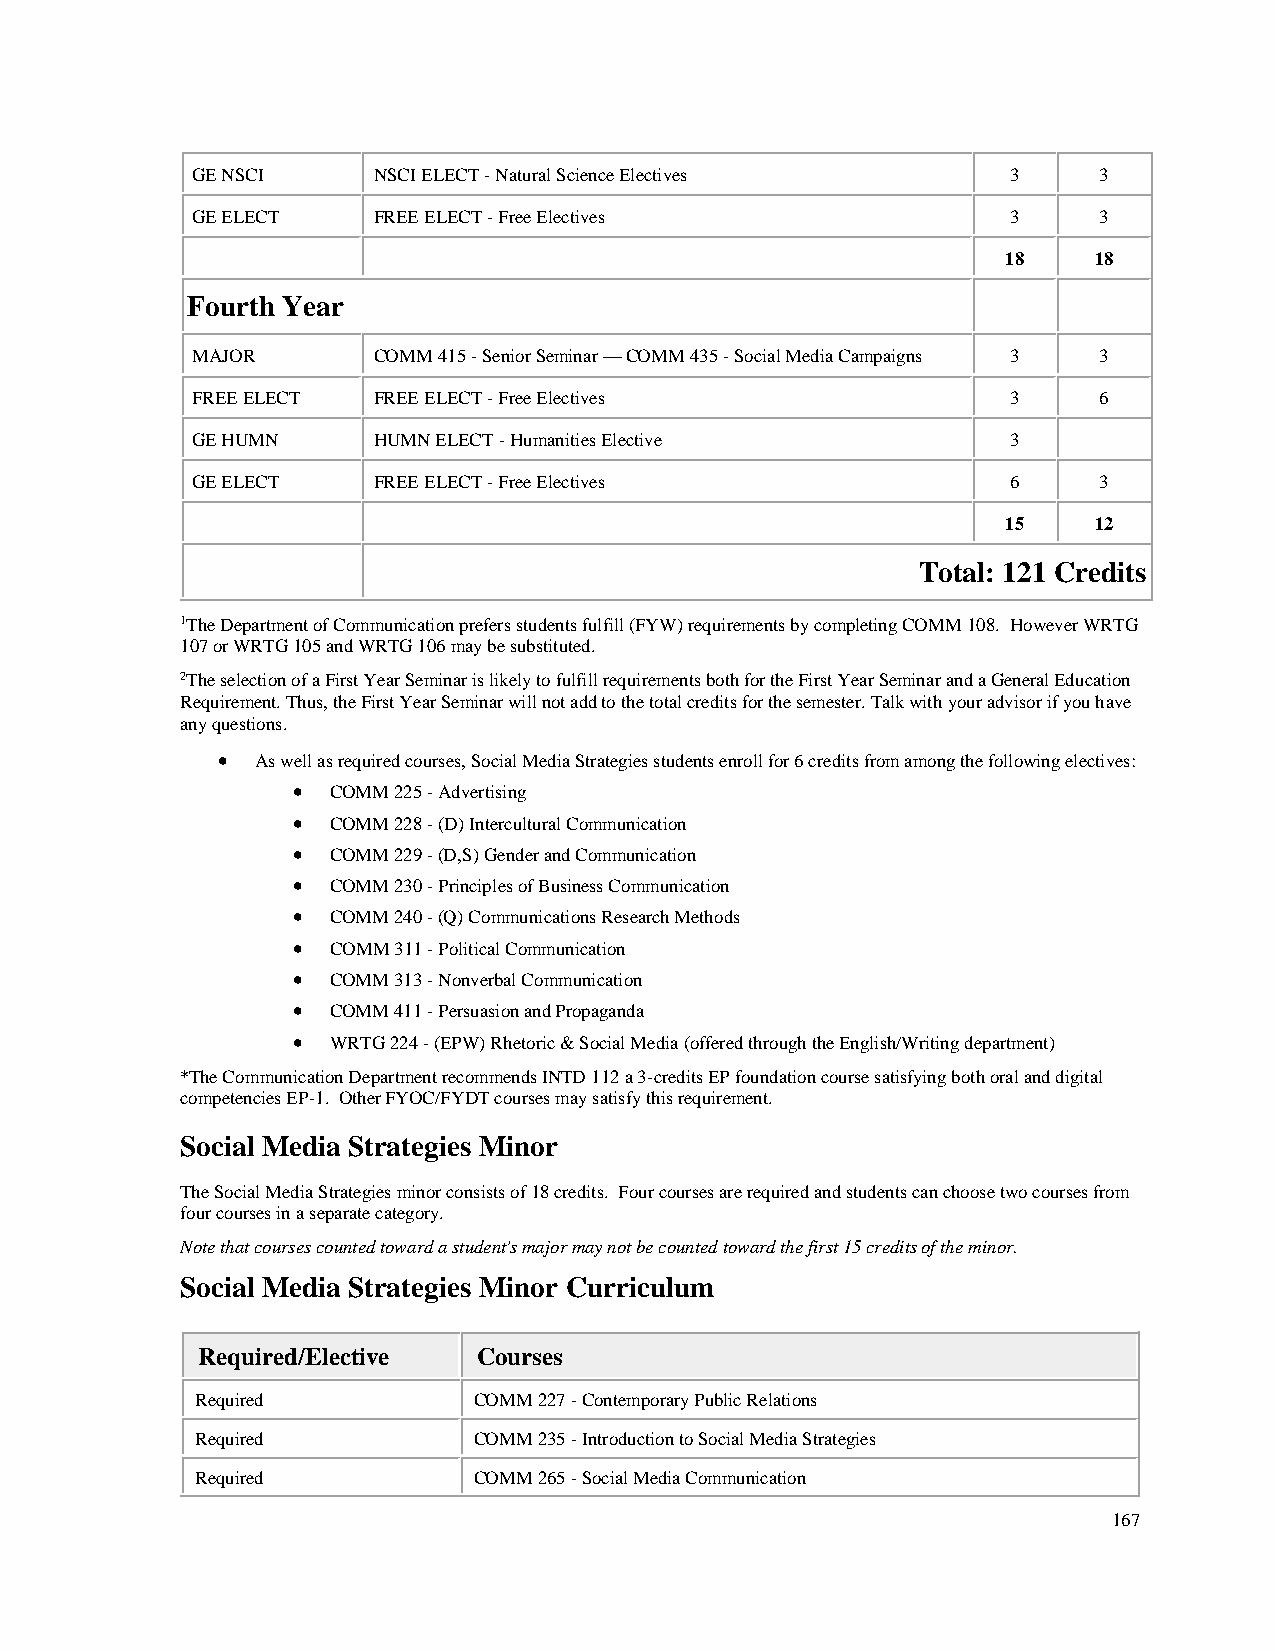
GE NSCI     NSCI ELECT - Natural Science Electives    3     3
 GE ELECT    FREE ELECT - Free Electives               3     3
 18   18
 Fourth Year
 MAJOR       COMM 415 - Senior Seminar — COMM 435 - Social Media Campaigns 3 3
 FREE ELECT  FREE ELECT - Free Electives               3     6
 GE HUMN     HUMN ELECT - Humanities Elective          3
 GE ELECT    FREE ELECT - Free Electives               6     3
 15   12
 Total: 121 Credits
 1The Department of Communication prefers students fulfill (FYW) requirements by completing COMM 108. However WRTG
 107 or WRTG 105 and WRTG 106 may be substituted.
 2The selection of a First Year Seminar is likely to fulfill requirements both for the First Year Seminar and a General Education
 Requirement. Thus, the First Year Seminar will not add to the total credits for the semester. Talk with your advisor if you have
 any questions.
 •  As well as required courses, Social Media Strategies students enroll for 6 credits from among the following electives:
 •  COMM 225 - Advertising
 •  COMM 228 - (D) Intercultural Communication
 •  COMM 229 - (D,S) Gender and Communication
 •  COMM 230 - Principles of Business Communication
 •  COMM 240 - (Q) Communications Research Methods
 •  COMM 311 - Political Communication
 •  COMM 313 - Nonverbal Communication
 •  COMM 411 - Persuasion and Propaganda
 •  WRTG 224 - (EPW) Rhetoric & Social Media (offered through the English/Writing department)
 *The Communication Department recommends INTD 112 a 3-credits EP foundation course satisfying both oral and digital
 competencies EP-1. Other FYOC/FYDT courses may satisfy this requirement.
 Social Media Strategies Minor
 The Social Media Strategies minor consists of 18 credits. Four courses are required and students can choose two courses from
 four courses in a separate category.
 Note that courses counted toward a student's major may not be counted toward the first 15 credits of the minor.
 Social Media Strategies Minor Curriculum
 Required/Elective  Courses
 Required          COMM 227 - Contemporary Public Relations
 Required          COMM 235 - Introduction to Social Media Strategies
 Required          COMM 265 - Social Media Communication
 167